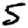
Digit: 5